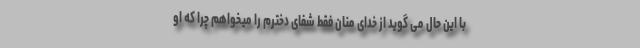
با این حال می گوید از خدای منان فقط شفای دخترم را میخواهم چرا که او